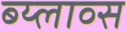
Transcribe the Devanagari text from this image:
ब्य्लाव्स